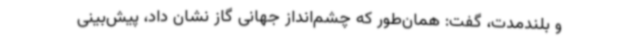
و بلندمدت، گفت: همان‌طور که چشم‌انداز جهانی گاز نشان داد، پیش‌بینی